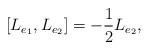
LaTeX: \begin{align*}[L_{e_1},L_{e_2}]=-\frac{1}{2} L_{e_2},\end{align*}